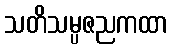
သတိသမ္ပဇညကထာ